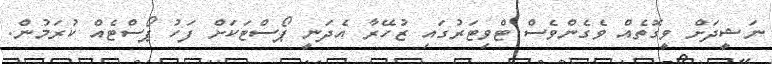
ނަޝީދަށް ވީގޮތެއް ވެގެންވެސް ޓްވިޓަރުގައި ޒުހޭރާ އެދަނީ ޕޯސްޓަކަށް ފަހު ޕޯސްޓެއް ކުރަމުން.